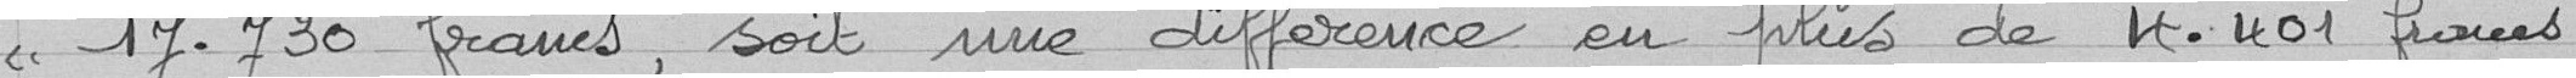
"17 730 francs, soit une différence de plus de 4401 francs.